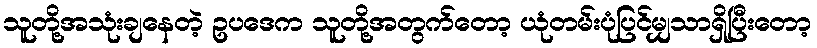
သူတို့အသုံးချနေတဲ့ ဥပဒေက သူတို့အတွက်တော့ ယုံတမ်းပုံပြင်မျှသာရှိပြီးတော့